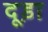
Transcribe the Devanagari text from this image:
दूड़ा